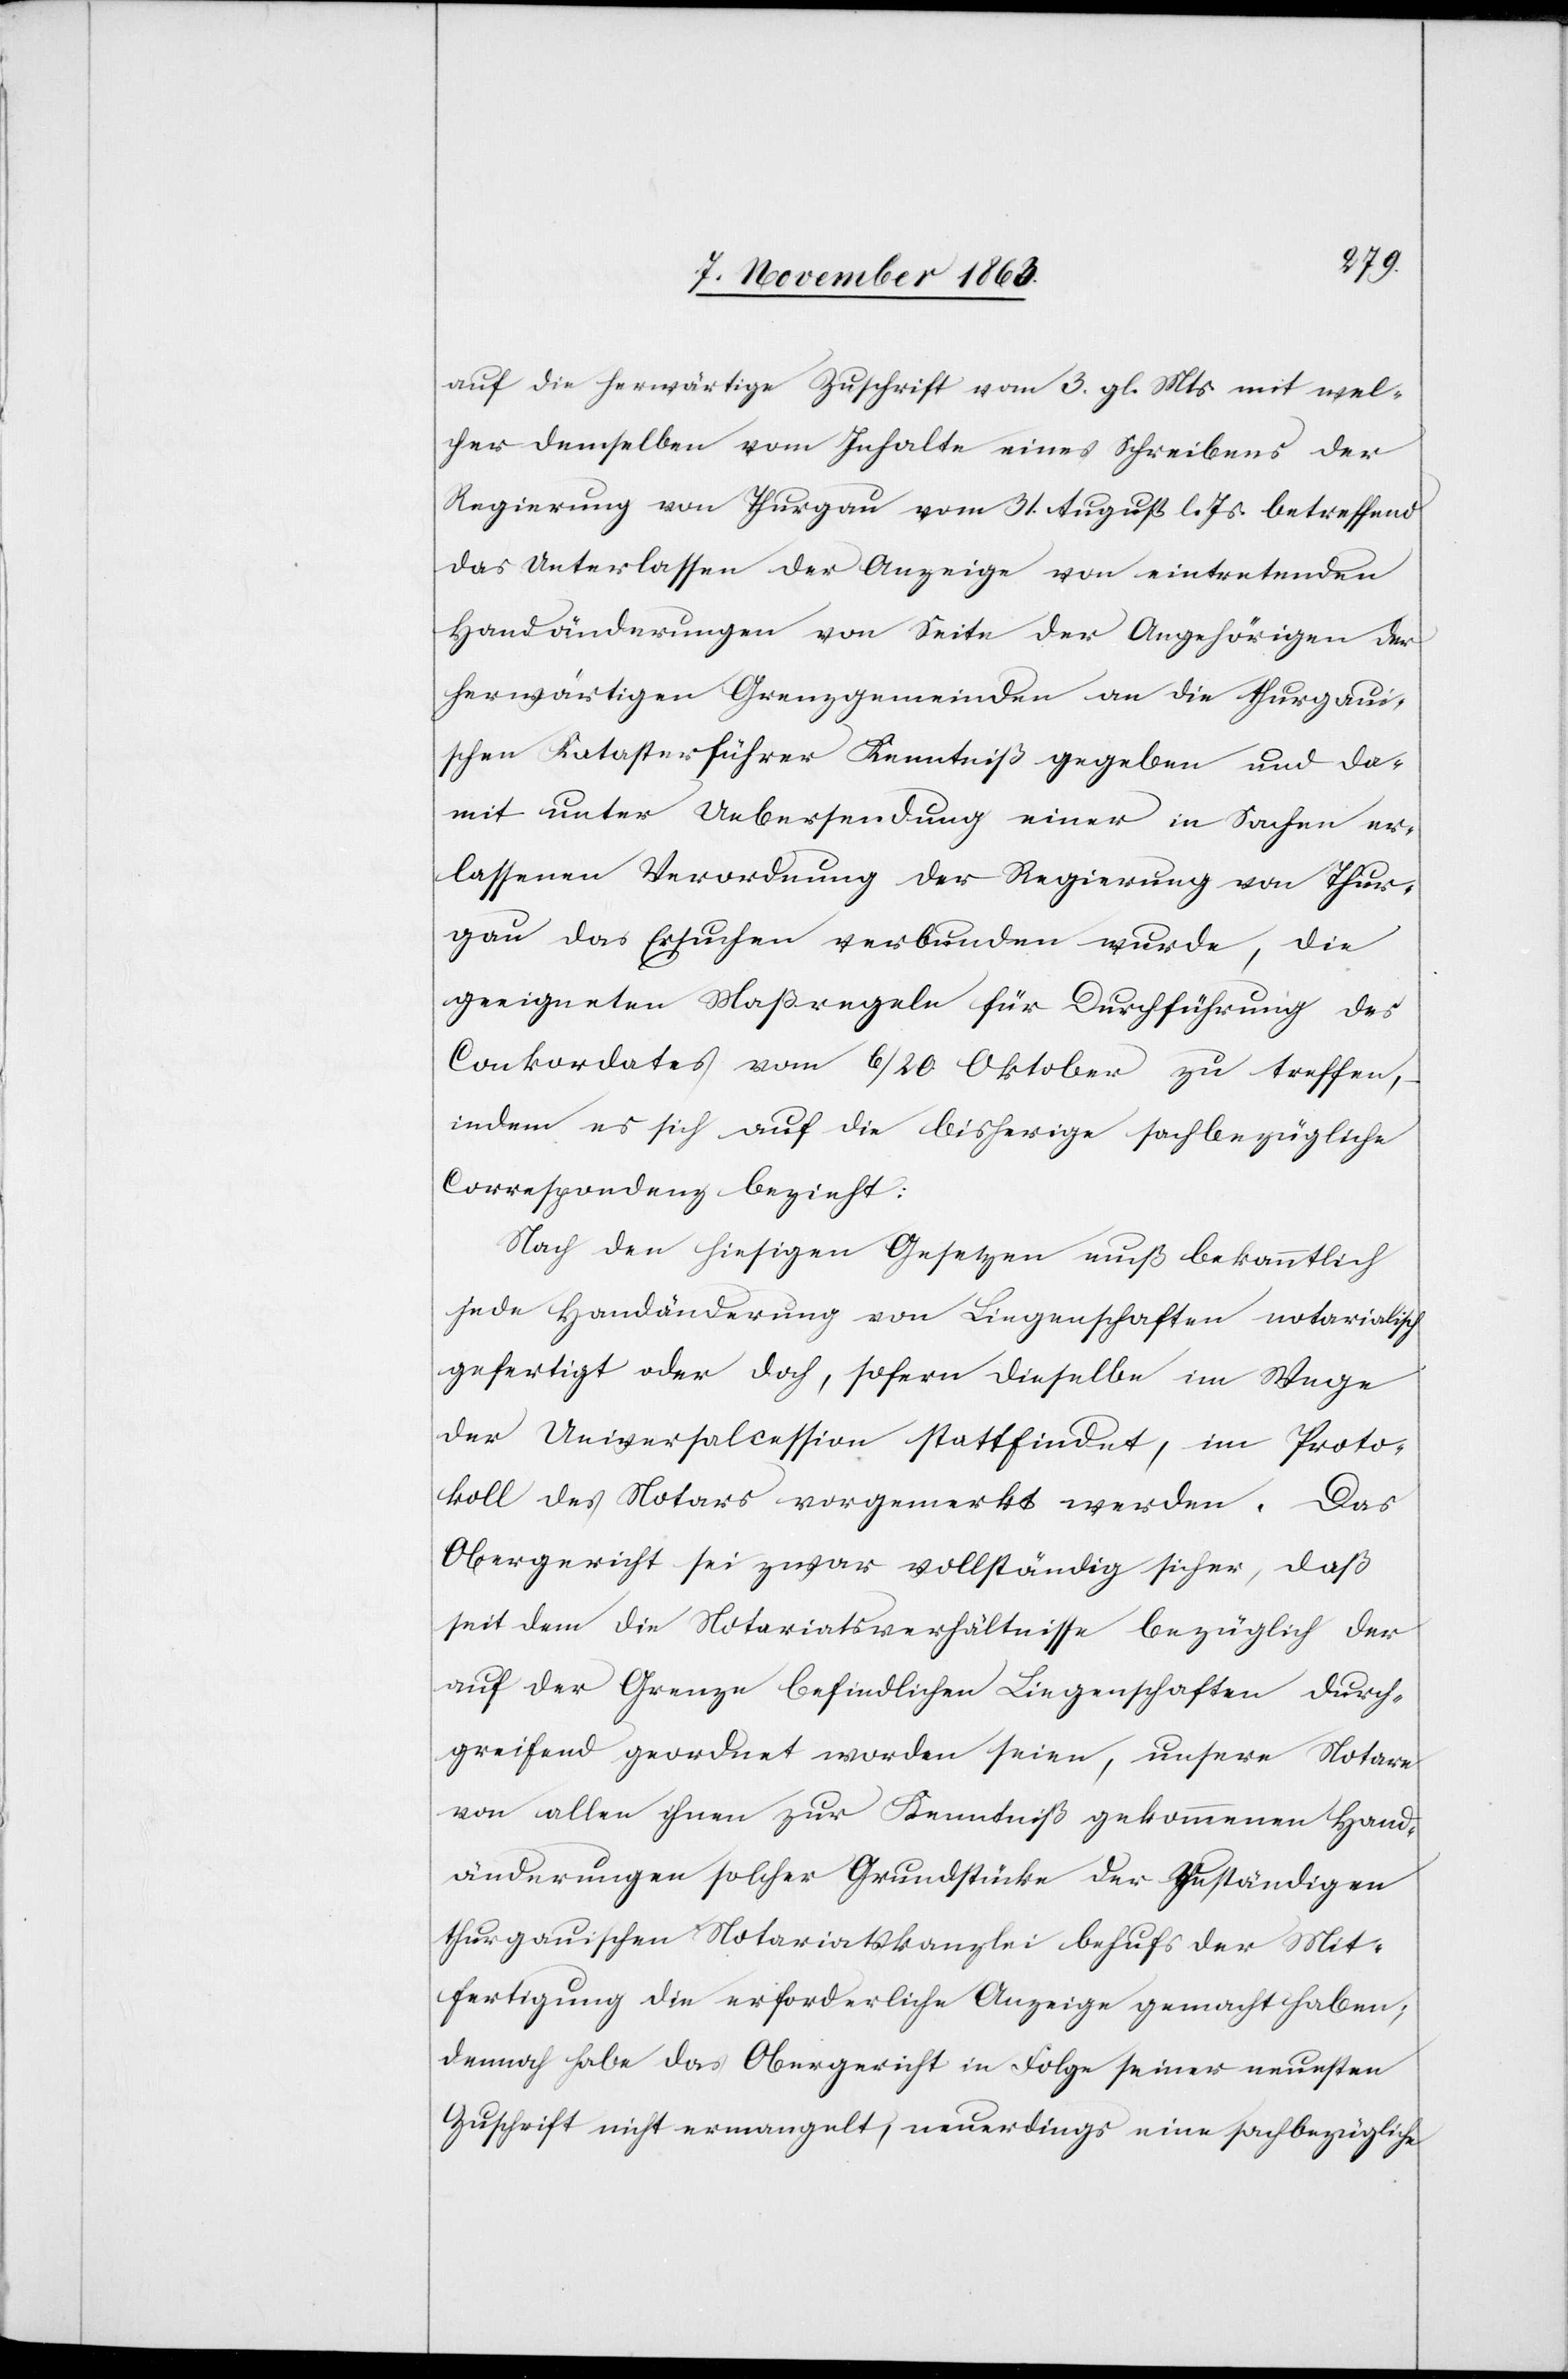
auf die herwärtige Zuschrift vom 3. gl. Mts. mit wel¬
cher demselben vom Inhalte eines Schreibens der
Regierung von Thurgau vom 31. August l. Js. betreffend
das Unterlassen der Anzeige von eintretenden
Handänderungen von Seite der Angehörigen der
herwärtigen Grenzgemeinden an die thurgaui¬
schen Katasterführer Kenntniß gegeben und da¬
mit unter Uebersendung einer in Sachen er¬
lassenen Verordnung der Regierung von Thur¬
gau das Ersuchen verbunden wurde, die
geeigneten Maßregeln für Durchführung des
Conkordates vom 6/20. Oktober zu treffen,
indem es sich auf die bisherige sachbezügliche
Correspondenz bezieht:
Nach den hiesigen Gesetzen muß bekanntlich
jede Handänderung von Liegenschaften notarialisch
gefertigt oder doch, sofern dieselbe im Wege
der Universalcession [sic!] stattfindet, im Proto¬
koll des Notars vorgemerkt werden. Das
Obergericht sei zwar vollständig sicher, daß
seit dem die Notariatsverhältnisse bezüglich der
auf der Grenze befindlichen Liegenschaften durch¬
greifend geordnet worden seien, unsere Notare
von allen ihnen zur Kenntniß gekommenen Hand¬
änderungen solcher Grundstücke der zuständigen
thurgauischen Notariatskanzlei behufs der Mit¬
fertigung die erforderliche Anzeige gemacht haben;
dennoch habe das Obergericht in Folge seiner neuesten
Zuschrift nicht ermangelt, neuerdings eine sachbezügliche